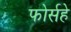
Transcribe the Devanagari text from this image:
फोर्सहे